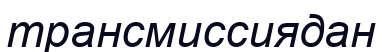
трансмиссиядан